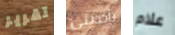
تقرير تأخذيني علام